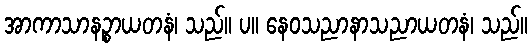
အာကာသာနဉ္စာယတနံ၊ သည်။ ပ။ နေဝသညာနာသညာယတနံ၊ သည်။